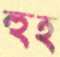
হুহ